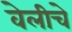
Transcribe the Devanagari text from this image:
वेलीचे